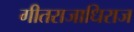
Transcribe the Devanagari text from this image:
गीतराजाधिराज